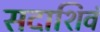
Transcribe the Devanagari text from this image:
सदाशिवं